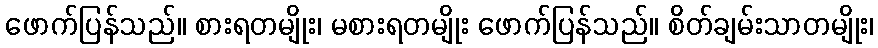
ဖောက်ပြန်သည်။ စားရတမျိုး၊ မစားရတမျိုး ဖောက်ပြန်သည်။ စိတ်ချမ်းသာတမျိုး၊